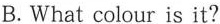
B. What colour is it?